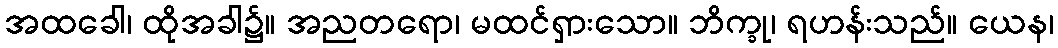
အထခေါ၊ ထိုအခါ၌။ အညတရော၊ မထင်ရှားသော။ ဘိက္ခု၊ ရဟန်းသည်။ ယေန၊